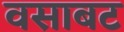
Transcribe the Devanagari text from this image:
वसाबट